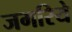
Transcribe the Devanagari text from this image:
जगरिये